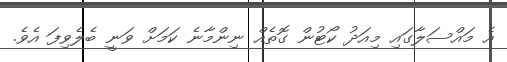
އެ މައްސަލާގައި މިއަދު ކޯޓުން ގޮތެއް ނިންމާނެ ކަމަށް ވަނީ ބެލެވިފަ އެވެ.